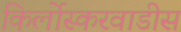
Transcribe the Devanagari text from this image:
किर्लोस्करवाडीस